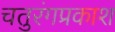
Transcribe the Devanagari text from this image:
चतुरंगप्रकाश